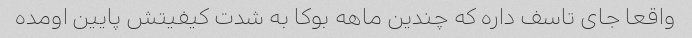
واقعا جاى تاسف داره که چندین ماهه بوکا به شدت کیفیتش پایین اومده